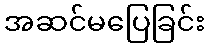
အဆင်မပြေခြင်း